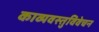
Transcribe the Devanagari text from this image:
काव्यवस्तुविवेचन